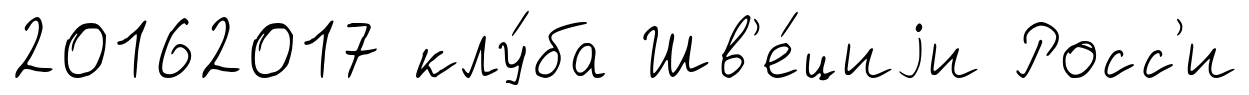
20162017 клу́ба Шв'е́циjи Росс'и